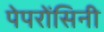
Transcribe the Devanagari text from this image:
पेपरोंसिनी